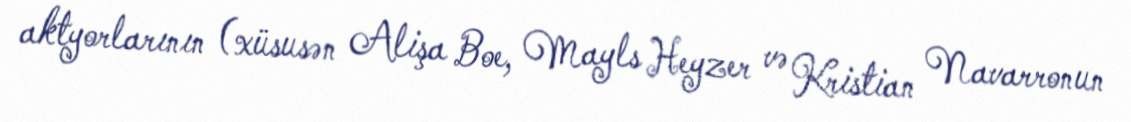
aktyorlarının (xüsusən Alişa Boe, Mayls Heyzer və Kristian Navarronun